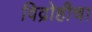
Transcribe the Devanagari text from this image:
विद्रोहीचा